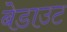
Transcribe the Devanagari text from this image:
बेडाउट